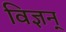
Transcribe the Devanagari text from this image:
विज्ञन्